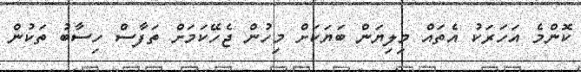
ކޮންމެ އަހަރަކު އެތައް މިލިޔަން ބަޔަކަށް މިހުން ޖެހޭކަމަށް ތަފާސް ހިސާބު ތަކުން